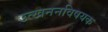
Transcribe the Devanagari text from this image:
उत्खननविषयक